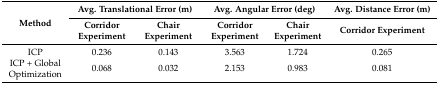
<table><thead><tr><td rowspan="2"><b>Method</b></td><td colspan="2"><b>Avg. Translational Error (m)</b></td><td colspan="2"><b>Avg. Angular Error (deg)</b></td><td><b>Avg. Distance Error (m)</b></td></tr><tr><td><b>Corridor Experiment</b></td><td><b>Chair Experiment</b></td><td><b>Corridor Experiment</b></td><td><b>Chair Experiment</b></td><td><b>Corridor Experiment</b></td></tr></thead><tbody><tr><td>ICP</td><td>0.236</td><td>0.143</td><td>3.563</td><td>1.724</td><td>0.265</td></tr><tr><td>ICP + Global Optimization</td><td>0.068</td><td>0.032</td><td>2.153</td><td>0.983</td><td>0.081</td></tr></tbody></table>